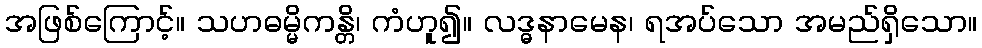
အဖြစ်ကြောင့်။ သဟဓမ္မိကန္တိ၊ ကံဟူ၍။ လဒ္ဓနာမေန၊ ရအပ်သော အမည်ရှိသော။